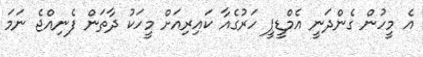
އެ މީހުން ގެންދަނީ އެމްޑީޕީ ހަރުގެއާ ކައިރިއަށް މީހަކު ދާތަން ފެނިއްޖެ ނަމަ